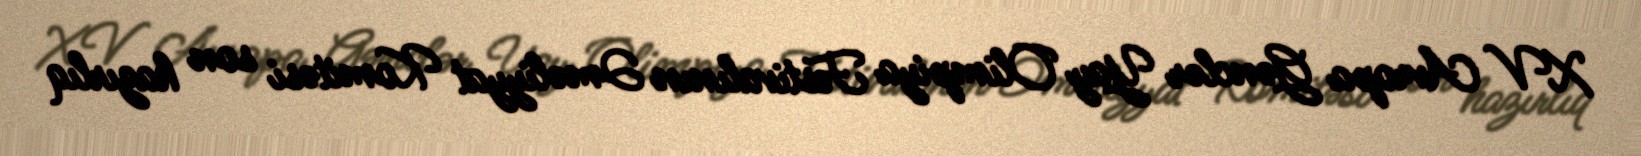
XV Avropa Gənclər Yay Olimpiya Festivalının Əməliyyat Komitəsi son hazırlıq